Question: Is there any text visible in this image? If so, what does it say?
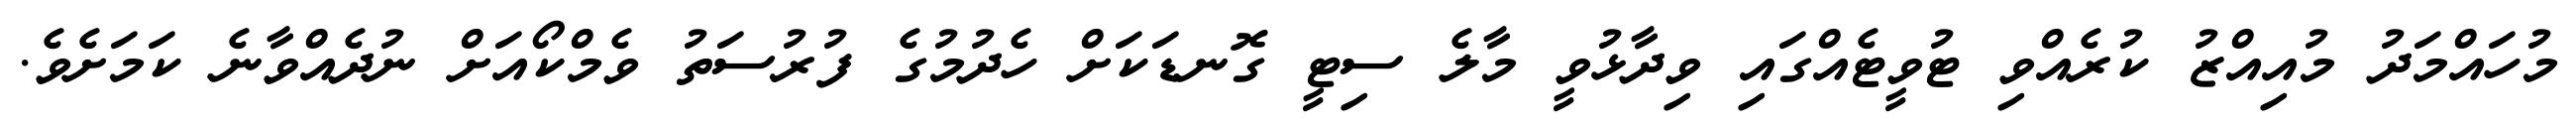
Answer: މުހައްމަދު މުއިއްޒު ކުރެއްވި ޓުވީޓެއްގައި ވިދާޅުވީ މާލެ ސިޓީ ގޮނޑަކަށް ހެދުމުގެ ފުރުސަތު ވެމްކޯއަށް ނުދެއްވާނެ ކަމަށެވެ.